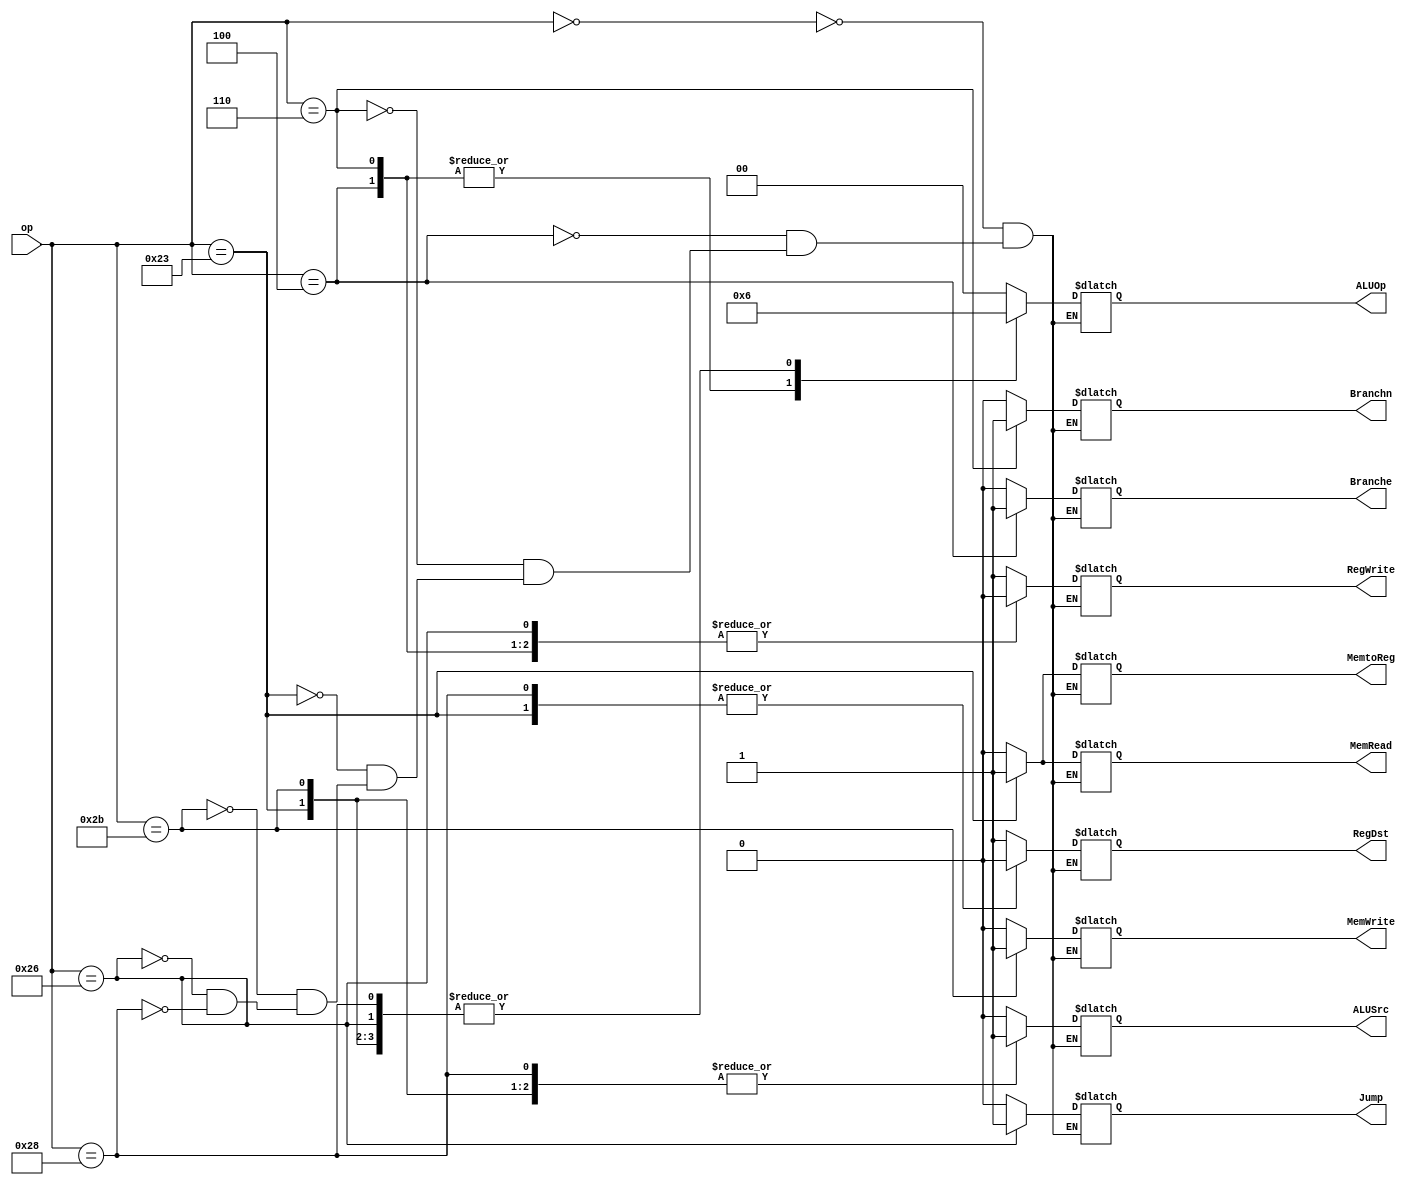

 // Control block with jump
	
module control(op,RegDst,RegWrite,ALUSrc,Branche,Branchn,MemRead,MemWrite,MemtoReg,ALUOp,Jump);

	input [5:0]op;
	output reg RegDst,RegWrite,ALUSrc,Branche,Branchn,MemRead,MemWrite,MemtoReg,Jump ;
	output reg [1:0]ALUOp;
	
	parameter R=6'b000000;		//R-format operation
	parameter Beq=6'b000100; 		//Branch if equal
	parameter Bne=6'b000110;		//Branch if not equal
	parameter Lw=6'b100011;		//Load from memory
	parameter Sw=6'b101011;		//store to memory
	parameter Jmp=6'b100110;		//unconditional jump
	parameter Addi=6'b101000;		//immediate addition
 
	
	always @(*)
	case(op)
		R:
		begin
			RegDst=1;
			RegWrite=1;
			ALUSrc=0;
			Branche=0;		// Branche signifies Beq Signal
			Branchn=0;		// Branchn signifies Bne signal
			MemRead=0;
			MemWrite=0;
			MemtoReg=0;
			ALUOp=2'b00;
			Jump=0;
		
		end
		
		
		Beq:
		begin
			RegDst=1'bx;
			RegWrite=0;
			ALUSrc=0;
			Branche=1;
			Branchn=0;
			MemRead=0;
			MemWrite=0;
			MemtoReg=1'bx;
			ALUOp=2'b01;
			Jump=0;
		
		end
		
		
		Bne:
		begin
			RegDst=1'bx;
			RegWrite=0;
			ALUSrc=0;
			Branche=0;
			Branchn=1;
			MemRead=0;
			MemWrite=0;
			MemtoReg=1'bx;
			ALUOp=2'b01;
			Jump=0;
		
		end
		
		
		Lw:
		begin
			RegDst=0;
			RegWrite=1;
			ALUSrc=1;
			Branche=0;
			Branchn=0;
			MemRead=1;
			MemWrite=0;
			MemtoReg=1;
			ALUOp=2'b10;
			Jump=0;
		
		end
		
		
		Sw:
		begin
			RegDst=1'bx;
			RegWrite=1;
			ALUSrc=1;
			Branche=0;
			Branchn=0;
			MemRead=0;
			MemWrite=1;
			MemtoReg=1'bx;
			ALUOp=2'b10;
			Jump=0;
		
		end
		
		
		Jmp:
		begin
			RegDst=1'bx;
			RegWrite=0;
			ALUSrc=0;
			Branche=0;
			Branchn=0;
			MemRead=0;
			MemWrite=0;
			MemtoReg=1'bx;
			ALUOp=2'b10;
			Jump=1;
		
		end
		
		
		Addi:
		begin
			RegDst=0;
			RegWrite=1;
			ALUSrc=1;
			Branche=0;
			Branchn=0;
			MemRead=0;
			MemWrite=0;
			MemtoReg=0;
			ALUOp=2'b10;
			Jump=0;
		
		end
		
	endcase

endmodule